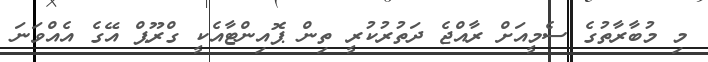
މި މުބާރާތުގެ ސެމީއަށް ރާއްޖެ ދަތުރުކުރީ ތިން ޕޮއިންޓާއެކީ ގްރޫޕް އޭގެ އެއްވަނަ